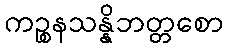
ကဉ္စနသန္နိဘတ္တစော